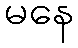
မနေ